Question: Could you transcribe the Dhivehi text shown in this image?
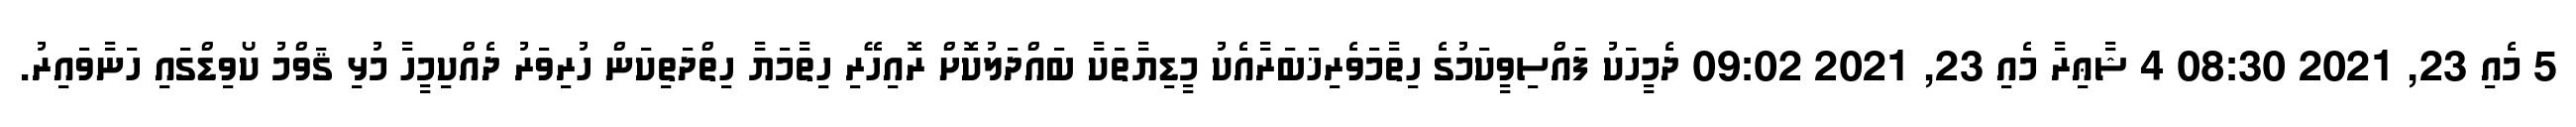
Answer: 5 މެއި 23, 2021 08:30 4 ޝާޢިރާ މެއި 23, 2021 09:02 ދެމީހަކު ފައްސިވީކަމުގެ ހިތާމަވެރިޚަބަރާއެކު މީޑިޔާތަކާ ބައްދަލުކޮށް ރޮއިހޭރި ހިތާމަޔާ ހިތްދަތިކަން ހުރިވަރު ދެއްކިމީހާ މުޅި ޤަވްމު ކޯވިޑްގައި ހަނާވައިރު.